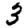
Digit: 3